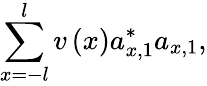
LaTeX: \sum_{x=-l}^{l}v\left(x\right)a_{x,1}^{\ast}a_{x,1},